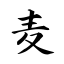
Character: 麦